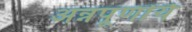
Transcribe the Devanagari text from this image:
अन्नपूर्णायै